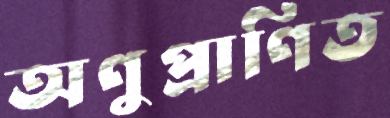
অণুপ্রাণিত